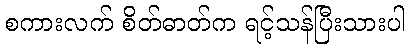
စကားလက် စိတ်ဓာတ်က ရင့်သန်ပြီးသားပါ